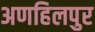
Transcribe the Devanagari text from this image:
अणहिलपुर